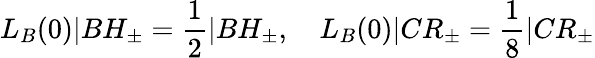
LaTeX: L_{B}(0)|BH_{\pm}=\frac{1}{2}|BH_{\pm},\quad L_{B}(0)|CR_{\pm}=\frac{1}{8}|CR_{\pm}